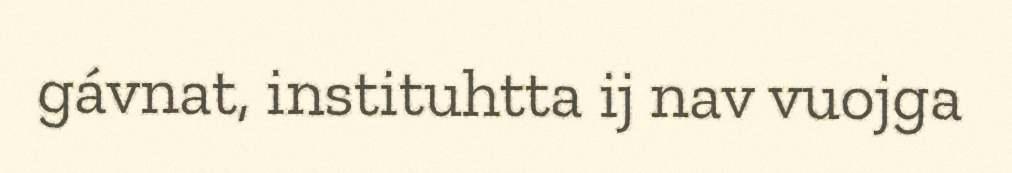
gávnat, instituhtta ij nav vuojga